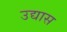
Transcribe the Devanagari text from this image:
उद्यास